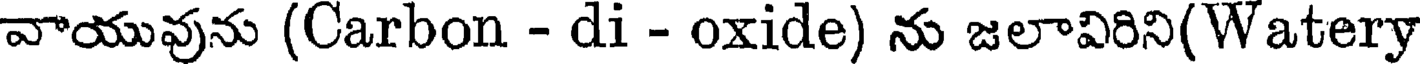
వాయువును (Carbon - di - oxide) ను జలావిరిని(Watery